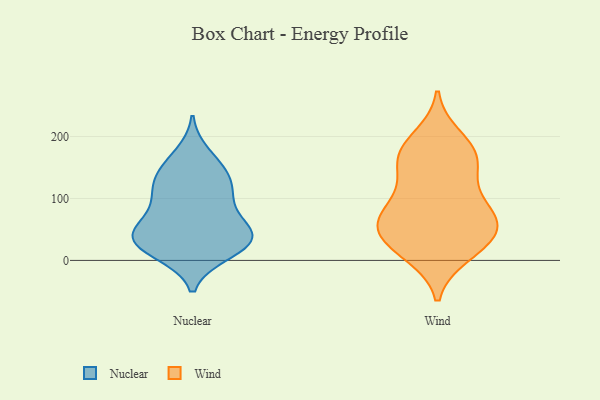
{"axis": {"x": "Tickets Resolved", "y": "Value"}, "legend": ["Nuclear", "Wind"], "data": [{"x": "", "y": 56, "type": "Nuclear"}, {"x": "", "y": 131, "type": "Nuclear"}, {"x": "", "y": 20, "type": "Nuclear"}, {"x": "", "y": 37, "type": "Nuclear"}, {"x": "", "y": 88, "type": "Nuclear"}, {"x": "", "y": 32, "type": "Nuclear"}, {"x": "", "y": 13, "type": "Nuclear"}, {"x": "", "y": 109, "type": "Nuclear"}, {"x": "", "y": 37, "type": "Nuclear"}, {"x": "", "y": 39, "type": "Nuclear"}, {"x": "", "y": 51, "type": "Nuclear"}, {"x": "", "y": 100, "type": "Nuclear"}, {"x": "", "y": 150, "type": "Nuclear"}, {"x": "", "y": 49, "type": "Nuclear"}, {"x": "", "y": 172, "type": "Nuclear"}, {"x": "", "y": 144, "type": "Nuclear"}, {"x": "", "y": 117, "type": "Nuclear"}, {"x": "", "y": 11, "type": "Nuclear"}, {"x": "", "y": 70, "type": "Wind"}, {"x": "", "y": 198, "type": "Wind"}, {"x": "", "y": 10, "type": "Wind"}, {"x": "", "y": 134, "type": "Wind"}, {"x": "", "y": 65, "type": "Wind"}, {"x": "", "y": 15, "type": "Wind"}, {"x": "", "y": 179, "type": "Wind"}, {"x": "", "y": 93, "type": "Wind"}, {"x": "", "y": 164, "type": "Wind"}, {"x": "", "y": 101, "type": "Wind"}, {"x": "", "y": 40, "type": "Wind"}, {"x": "", "y": 56, "type": "Wind"}, {"x": "", "y": 169, "type": "Wind"}, {"x": "", "y": 162, "type": "Wind"}, {"x": "", "y": 25, "type": "Wind"}, {"x": "", "y": 52, "type": "Wind"}, {"x": "", "y": 60, "type": "Wind"}]}